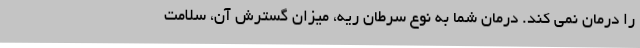
را درمان نمی کند. درمان شما به نوع سرطان ریه، میزان گسترش آن، سلامت